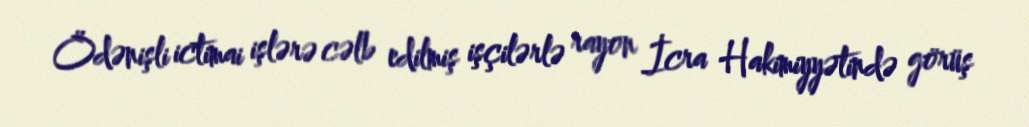
Ödənişli ictimai işlərə cəlb edilmiş işçilərlə rayon İcra Hakimiyyətində görüş